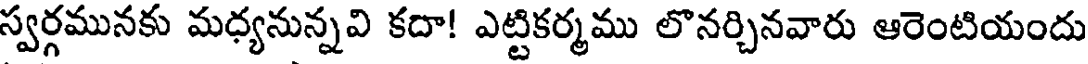
స్వర్గమునకు మధ్యనున్నవి కదా! ఎట్టికర్మము లొనర్చినవారు ఆరెంటియందు